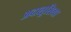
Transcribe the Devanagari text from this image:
अदालूसिया